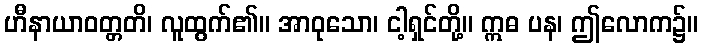
ဟီနာယာဝတ္တတိ၊ လူထွက်၏။ အာဝုသော၊ ငါ့ရှင်တို့။ ဣဓ ပန၊ ဤလောက၌။